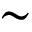
\sim